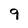
Character: 9